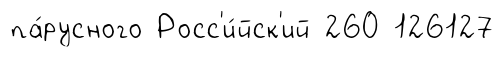
па́русного Росс'и́йск'ий 260 126127